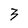
Character: 3